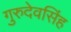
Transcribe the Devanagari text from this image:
गुरुदेवसिंह